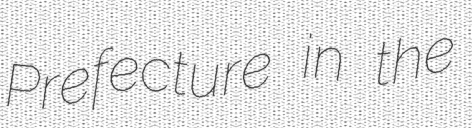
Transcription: Prefecture in the